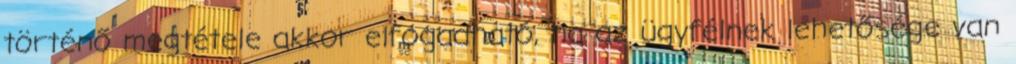
történő megtétele akkor elfogadható, ha az ügyfélnek lehetősége van